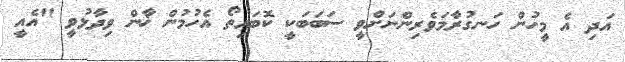
އަދި އެ މީހުން ހަނގުރާމަވެރިންނަށްވީ ސަބަބަކީ ކޮބައިތޯ އެހުމުން ޚާން ވިދާޅުވީ "އެއީ